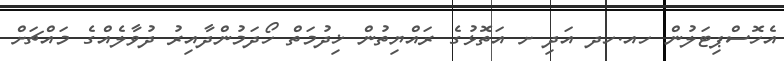
އެހޮސްޕިޓަލުން ހއ.ހދ އަދި ށ އަތޮޅުގެ ރައްޔިތުން ޚިދުމަތް ހޯދަމުންދާއިރު ދުވާލެއްގެ މައްޗަށް